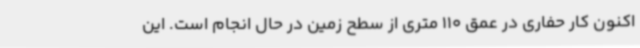
اکنون کار حفاری در عمق 110 متری از سطح زمین در حال انجام است. این